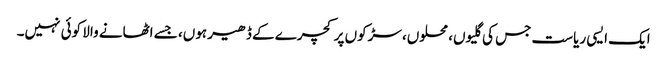
ایک ایسی ریاست جس کی گلیوں، محلوں، سڑکوں پر کچرے کے ڈھیر ہوں، جسے اٹھانے والا کوئی نہیں۔